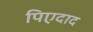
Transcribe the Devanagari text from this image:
पिएदाद